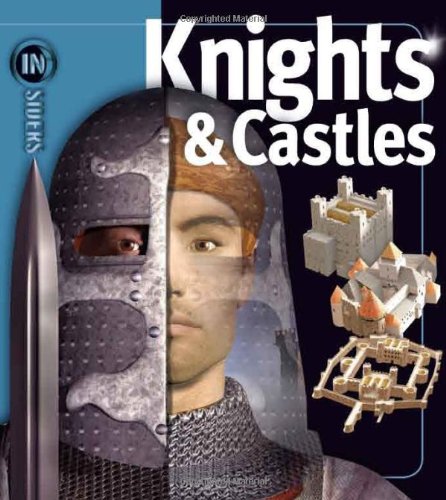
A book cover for Knights & Castles (Insiders); Philip Dixon; Children's Books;